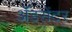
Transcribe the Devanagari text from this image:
ॲडसेंटर